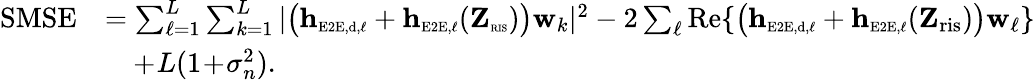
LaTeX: \begin{array}{rl}{\mathrm{SMSE}}&{=\sum_{\ell=1}^{L}\sum_{k=1}^{L}|\big(\mathbf{h}_{\scriptscriptstyle\mathrm{E2E},\scriptscriptstyle\mathrm{d},\ell}+\mathbf{h}_{\scriptscriptstyle\mathrm{E2E},\ell}(\mathbf{Z}_{\textnormal{\tiny{RIS}}})\big)\mathbf{w}_{k}|^{2}-2\sum_{\ell}\mathrm{Re}\{ \big(\mathbf{h}_{\scriptscriptstyle\mathrm{E2E},\scriptscriptstyle\mathrm{d},\ell}+\mathbf{h}_{\scriptscriptstyle\mathrm{E2E},\ell}(\mathbf{Z}_{\mathrm{ris}})\big)\mathbf{w}_{\ell}\} }\\ &{\phantom{=}+\! L(1\! +\! \sigma_{n}^{2}).}\end{array}